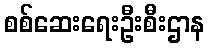
စစ်ဆေးရေးဦးစီးဌာန